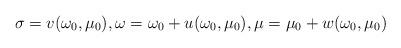
LaTeX: \begin{align*}\sigma=v(\omega_0,\mu_0), \omega=\omega_0+u(\omega_0,\mu_0), \mu=\mu_0+w(\omega_0,\mu_0)\end{align*}